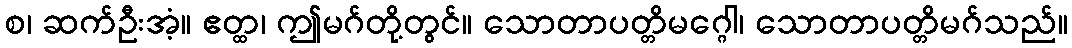
စ၊ ဆက်ဦးအံ့။ ဧတ္ထ၊ ဤမဂ်တို့တွင်။ သောတာပတ္တိမဂ္ဂေါ၊ သောတာပတ္တိမဂ်သည်။